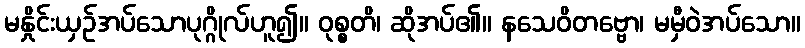
မနှိုင်းယှဉ်အပ်သောပုဂ္ဂိုလ်ဟူ၍။ ဝုစ္စတိ၊ ဆိုအပ်၏။ နသေဝိတဗ္ဗော၊ မမှီဝဲအပ်သော။